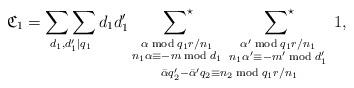
LaTeX: \begin{align*}\mathfrak{C}_1=\mathop{\sum\sum}_{\substack{d_1, d_1'|q_1}}d_1d_1'\mathop{\mathop{\sideset{}{^\star}\sum}_{\substack{\alpha\bmod{q_1r/n_1}\\n_1\alpha\equiv -m\bmod{d_1}}}\;\mathop{\sideset{}{^\star}\sum}_{\substack{\alpha'\bmod{q_1r/n_1}\\n_1\alpha'\equiv -m'\bmod{d_1'}}}}_{\bar{\alpha}q_2'-\bar{\alpha}'q_2\equiv n_2\bmod{q_1r/n_1}}\; 1,\end{align*}